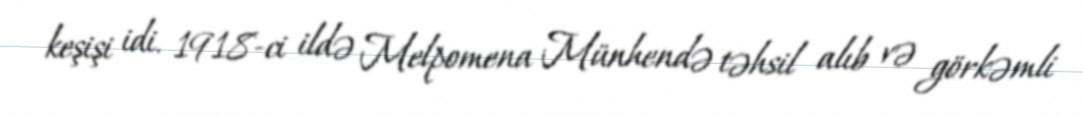
keşişi idi. 1918-ci ildə Melpomena Münhendə təhsil alıb və görkəmli